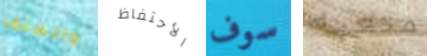
والعنف الأحتفاظ سوف متعبه